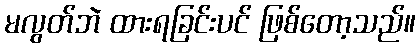
မလွတ်ဘဲ ထားရခြင်းပင် ဖြစ်တော့သည်။